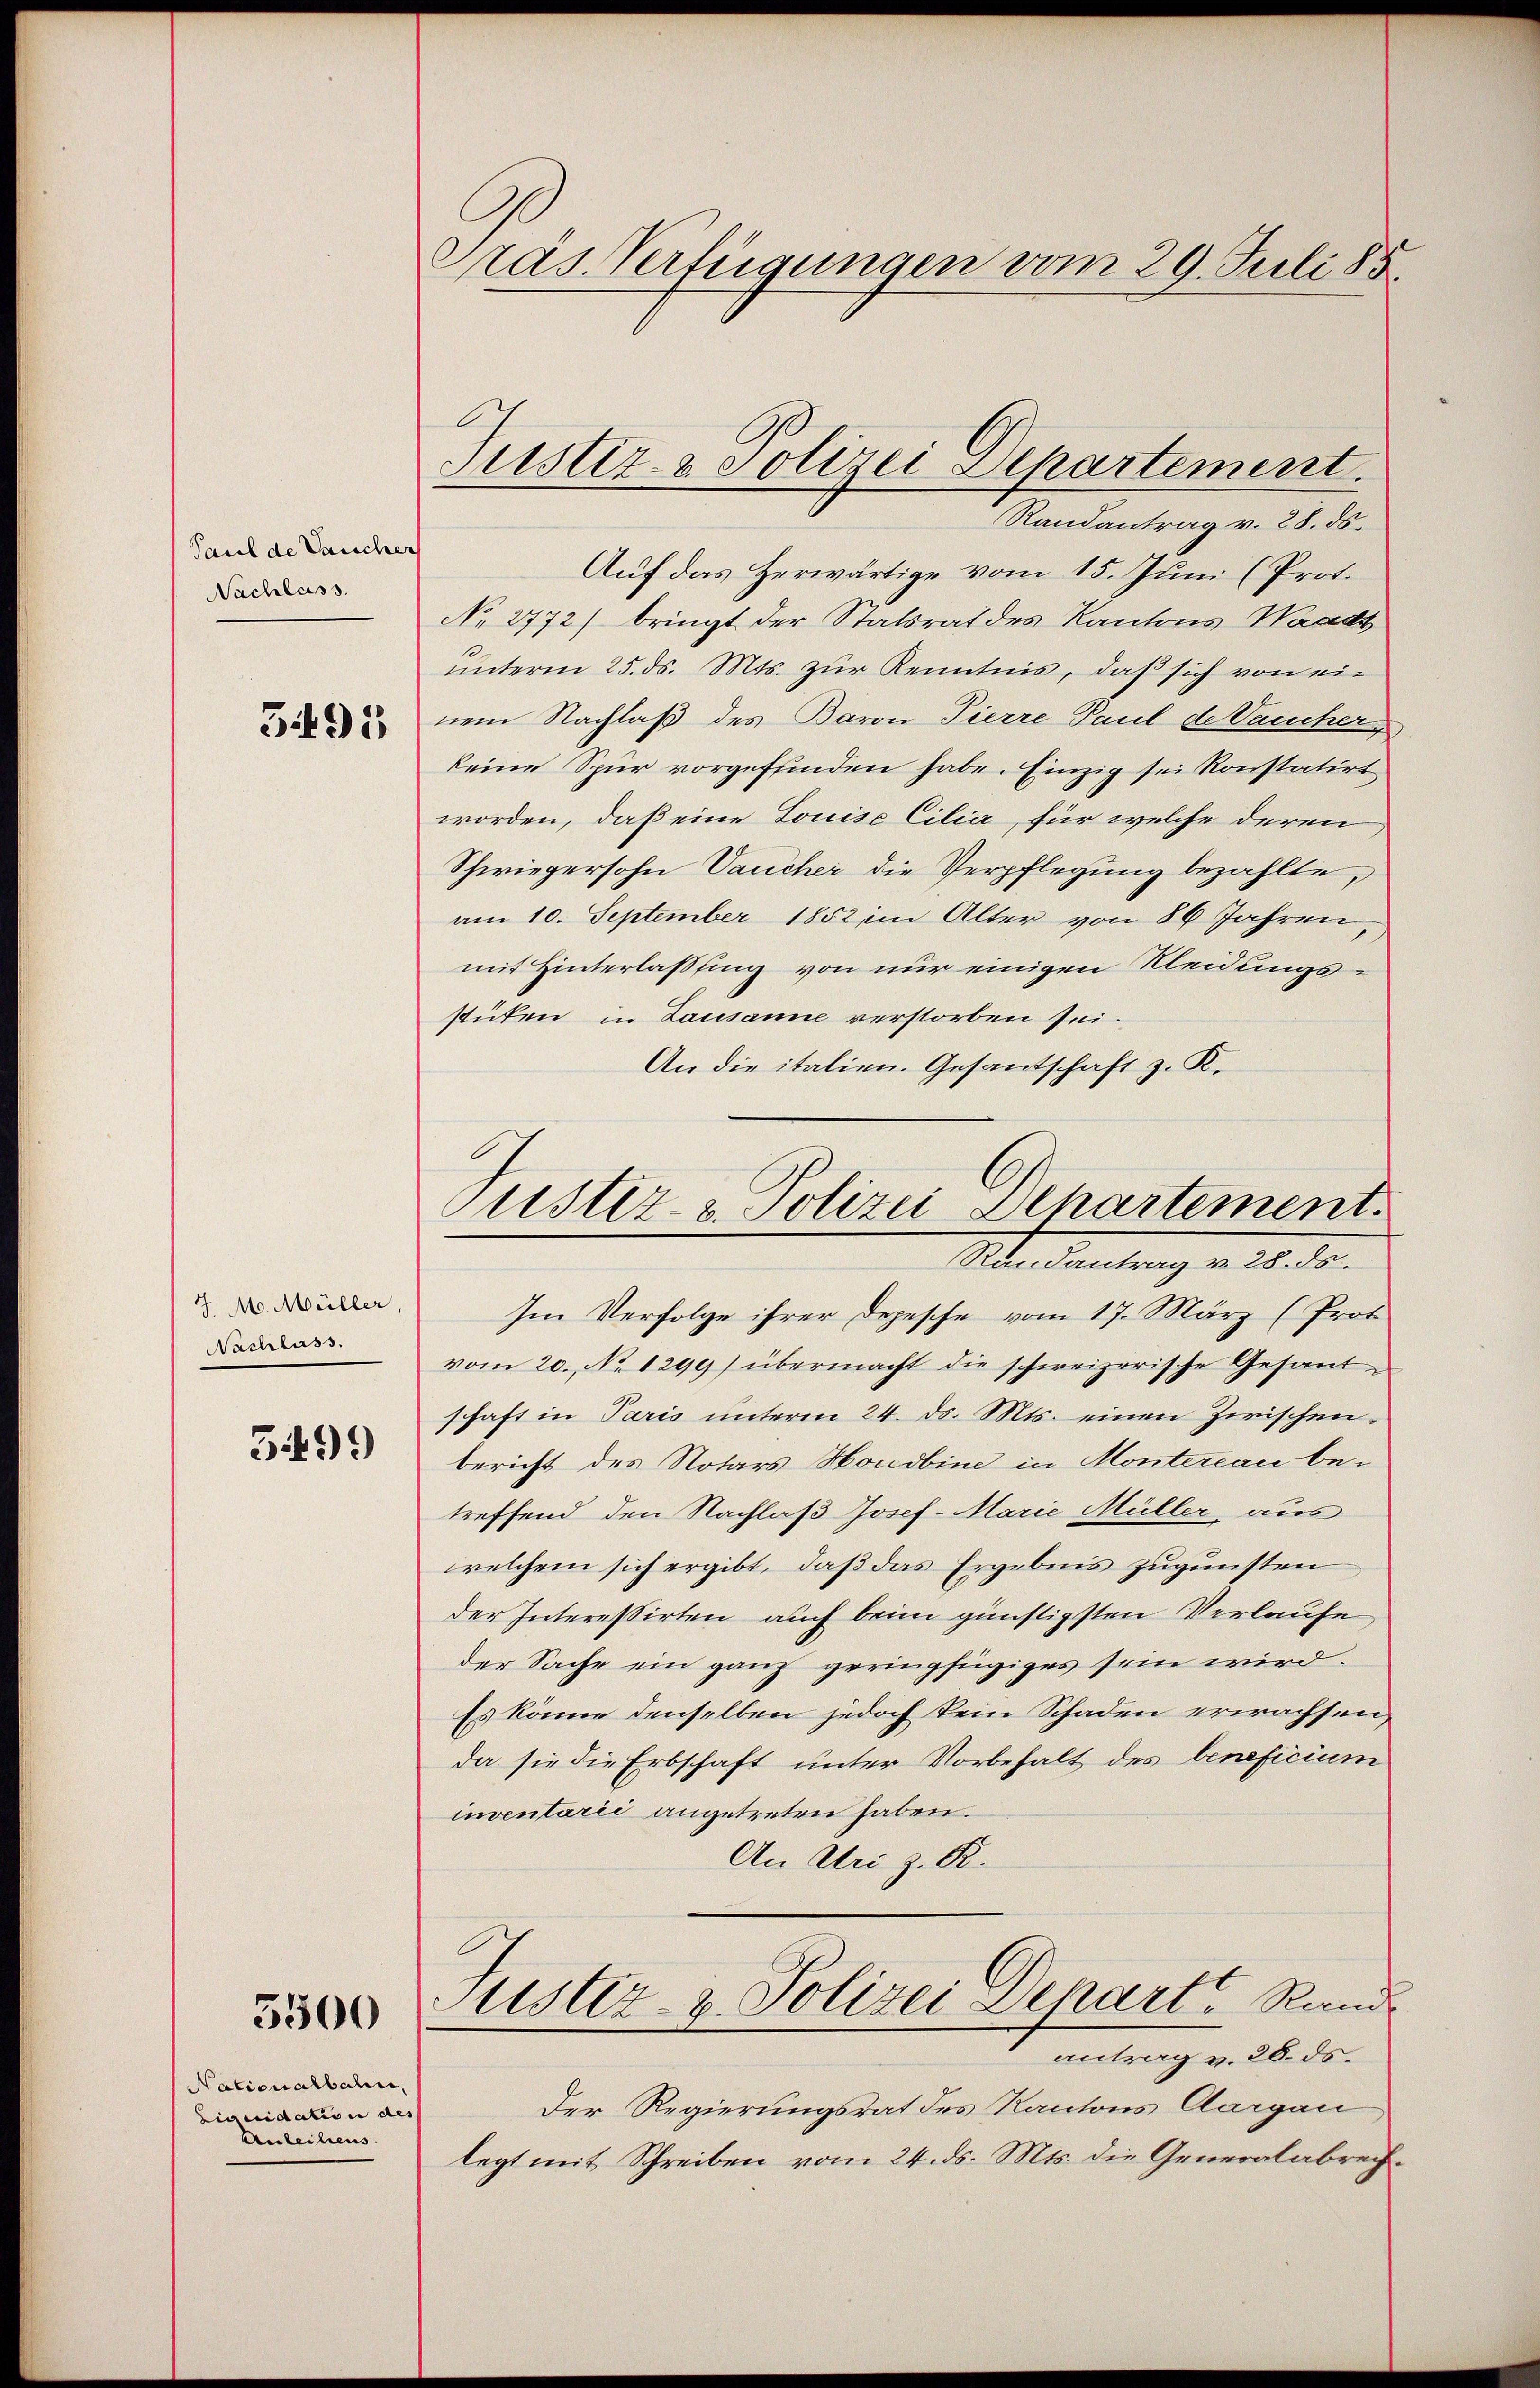
Paul de Vaucher
Nachlass.

391

J. M. Müller,
Nachlass.

31499

3500

Nationalbahn,
Liquidation des
Anleihens.

Präs. Verfügungen vom 29. Juli 185.

Randantrag v. 28. ds.
Auf das Herwärtige vom 15. Juni (Prot.
No 2772) bringt der Statsrat des Kantons Waadt
unterm 25. ds. Mts. zur Kenntnis, daß sich von einem Nachlaß des Baron Pierre Paul de Vaucherkeine Spur vorgeffinden habe. Einzig sei konstatirt
worden, daß eine Louise Cilia, für welche deren
Schwiegersohn Vaucher die Verpflegung bezahlte,
am 10. September 1852 im Alter von 86 Jahren
mit Hinterlassung von nur einigen Kleidungsstüken in Lausanne verstorben sei.
An die italien. Gesantschaft z. K.

Justiz- & Polizei-Separtement.

Justiz- & Polizei Departement.
Randantrag v. 28. ds.

Im Verfolge ihrer Depesche vom 17. März (Prot
vom 20. No. 1299) übermacht die schweizerische Gesandschaft in Paris unterm 24. ds. Mts. einen Zwischen.
bericht des Notars Hondbine in Montezeau betreffend den Nachlaß Josef-Marie Müller aus
welchem sich ergibt, daß das Ergebnis zugunsten
der Interessirten auch beim günstigsten Verlaufe,
der Sache ein ganz geringfügiges sein wird.
Es könne denselben jedoch kein Schaden erwachsen,
da sie die Erbschaft unter Vorbehalt des beneficium
inventarii angetreten haben.
An Uri z. R.
Justiz- & Polizei Depart, Rand
antrag v. 28. ds.
Der Regierungsrat des Kantons Aargau
legt mit Schreiben vom 24. ds. Mts. die Generalabrech¬